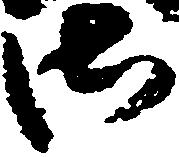
御